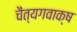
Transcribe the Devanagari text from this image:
चैत्यगवाक्ष